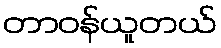
တာဝန်ယူတယ်